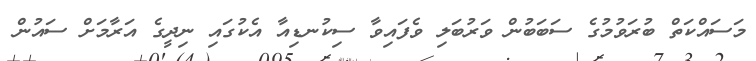
މަސައްކަތް ބުރަވުމުގެ ސަބަބުން ވަރުބަލި ވެފައިވާ ސިކުނޑިއާ އެކުގައި ނިދީގެ އަރާމަށް ސައުން